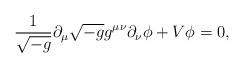
LaTeX: \begin{align*}\frac{1}{\sqrt{-g}} \partial_\mu\sqrt{-g} g^{\mu\nu}\partial_\nu \phi + V\phi=0,\end{align*}